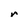
Character: r